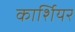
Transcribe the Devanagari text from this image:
कार्शियर